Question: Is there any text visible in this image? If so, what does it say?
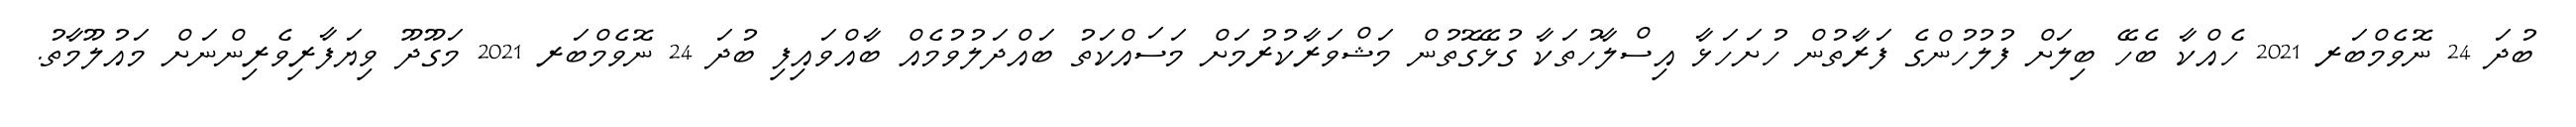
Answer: ބުދަ 24 ނޮވެމްބަރ 2021 ހެއްކާ ބެހޭ ބިލަށް ފުލުހުންގެ ފަރާތުން ހުށަހަޅާ އިސްލާހުތަކާ ގުޅޭގޮތުން މަޝްވަރާކުރުމަށް މަސައްކަތު ބައްދަލުވުމެއް ބާއްވައިފި ބުދަ 24 ނޮވެމްބަރ 2021 މަގޫދޫ ވިޔަފާރިވެރިންނަށް މައުލޫމާތު.